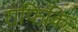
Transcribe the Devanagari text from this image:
राफिकि